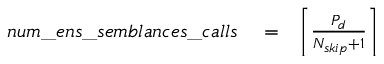
\begin{array} { r l r } { n u m \_ e n s \_ s e m b l a n c e s \_ c a l l s } & { { } = } & { \left\lceil \frac { P _ { d } } { N _ { s k i p } + 1 } \right\rceil } \end{array}